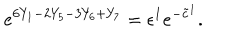
LaTeX: e ^ { 6 Y _ { 1 } - 2 Y _ { 5 } - 3 Y _ { 6 } + Y _ { 7 } } = \epsilon ^ { 1 } e ^ { - \tilde { c } ^ { 1 } } .